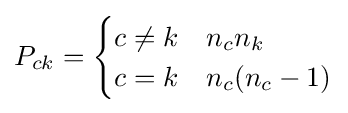
P_{ck}={\begin{cases}c\neq k&n_{c}n_{k}\\c=k&n_{c}(n_{c}-1)\end{cases}}